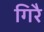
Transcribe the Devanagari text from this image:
गिरै